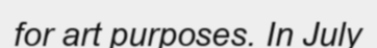
for art purposes. In July